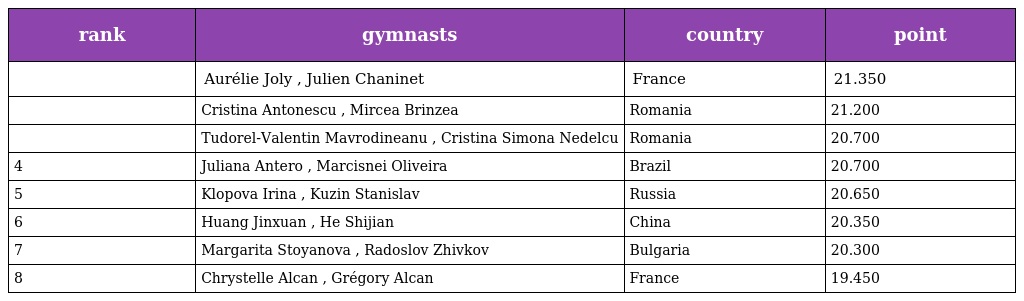
| rank | gymnasts | country | point |
 | --- | --- | --- | --- |
 |  | Aurélie Joly , Julien Chaninet | France | 21.350 |
 |  | Cristina Antonescu , Mircea Brinzea | Romania | 21.200 |
 |  | Tudorel-Valentin Mavrodineanu , Cristina Simona Nedelcu | Romania | 20.700 |
 | 4 | Juliana Antero , Marcisnei Oliveira | Brazil | 20.700 |
 | 5 | Klopova Irina , Kuzin Stanislav | Russia | 20.650 |
 | 6 | Huang Jinxuan , He Shijian | China | 20.350 |
 | 7 | Margarita Stoyanova , Radoslov Zhivkov | Bulgaria | 20.300 |
 | 8 | Chrystelle Alcan , Grégory Alcan | France | 19.450 |